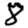
Digit: 8